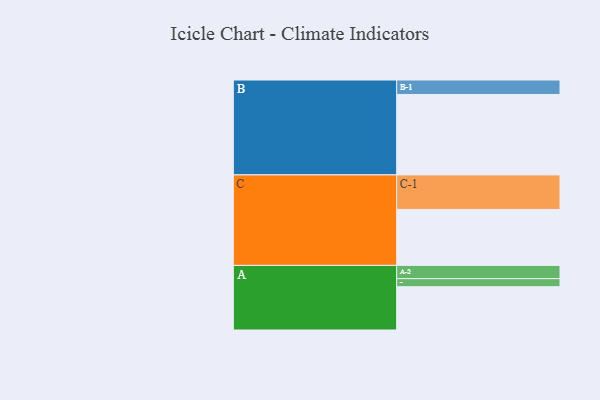
{"axis": {"x": "Segment", "y": "Value"}, "legend": ["", "A", "B", "C"], "data": [{"x": "A", "y": 317, "type": ""}, {"x": "B", "y": 589, "type": ""}, {"x": "C", "y": 410, "type": ""}, {"x": "A-1", "y": 59, "type": "A"}, {"x": "A-2", "y": 97, "type": "A"}, {"x": "B-1", "y": 106, "type": "B"}, {"x": "C-1", "y": 253, "type": "C"}]}